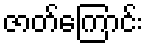
ဇာတ်ကြောင်း